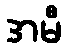
အမီ